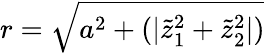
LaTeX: r=\sqrt{a^{2}+(|\tilde{z}_{1}^{2}+\tilde{z}_{2}^{2}|)}